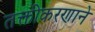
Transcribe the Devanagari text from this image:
तक्तीकरणाने